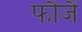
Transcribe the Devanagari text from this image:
फौजैं